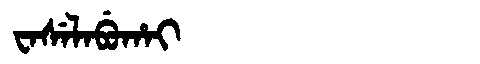
Manchu: ᠸᠠᠰᡝᠯᠠᠪᡠᡥᠠᡳ
Romanization: WASELABUHAI